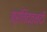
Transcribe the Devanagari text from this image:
प्रतिद्व्न्दी